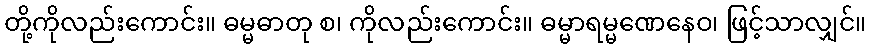
တို့ကိုလည်းကောင်း။ ဓမ္မဓာတု စ၊ ကိုလည်းကောင်း။ ဓမ္မာရမ္မဏေနေဝ၊ ဖြင့်သာလျှင်။